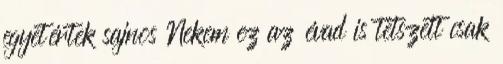
egyetértek sajnos Nekem ez az évad is tetszett csak